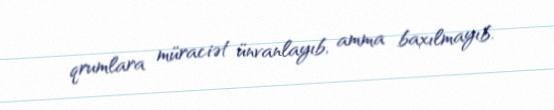
qrumlara müraciət ünvanlayıb, amma baxılmayıb.